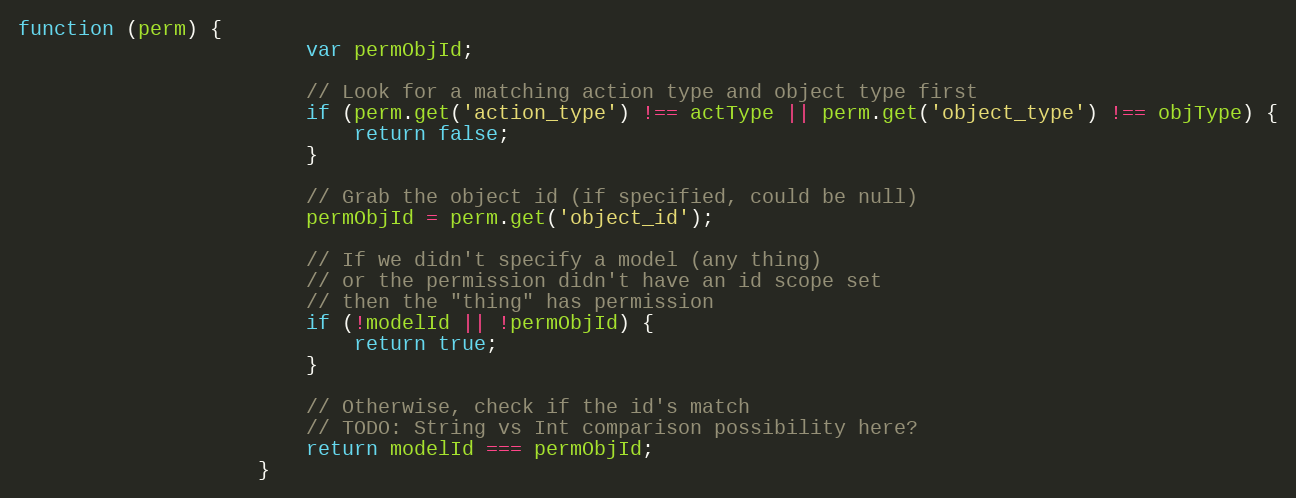
Language: JavaScript
function (perm) {
                        var permObjId;

                        // Look for a matching action type and object type first
                        if (perm.get('action_type') !== actType || perm.get('object_type') !== objType) {
                            return false;
                        }

                        // Grab the object id (if specified, could be null)
                        permObjId = perm.get('object_id');

                        // If we didn't specify a model (any thing)
                        // or the permission didn't have an id scope set
                        // then the "thing" has permission
                        if (!modelId || !permObjId) {
                            return true;
                        }

                        // Otherwise, check if the id's match
                        // TODO: String vs Int comparison possibility here?
                        return modelId === permObjId;
                    }